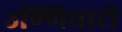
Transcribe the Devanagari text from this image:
उण्णियाटी